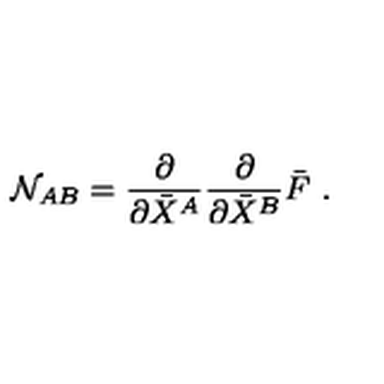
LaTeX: { \cal N } _ { A B } = \frac { \partial } { \partial \bar { X } ^ { A } } \frac { \partial } { \partial \bar { X } ^ { B } } \bar { F } \ .